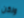
ولكن